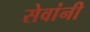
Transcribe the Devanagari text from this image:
सेवांनी